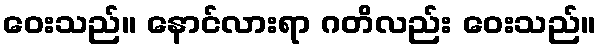
ဝေးသည်။ နောင်လားရာ ဂတိလည်း ဝေးသည်။